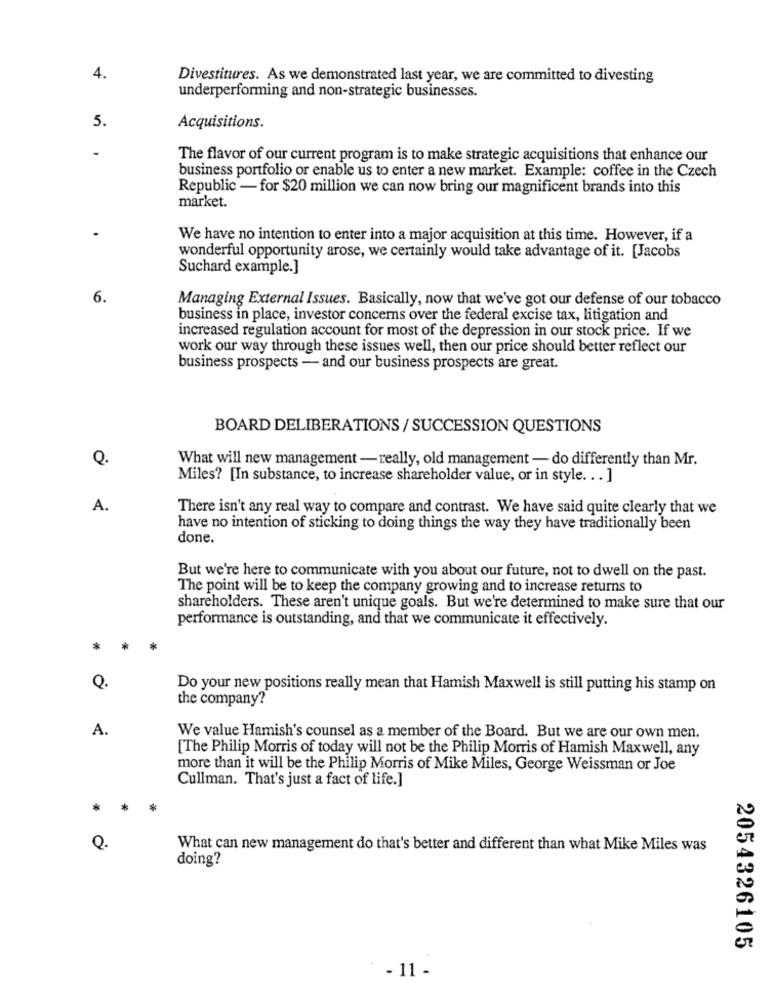
4.
Divestitures. As we demonstrated last year, we are committed to divesting
underperforming and non-strategic businesses.
5.
Acquisitions.
The flavor of our current program is to make strategic acquisitions that enhance our
business portfolio or enable us to enter a new market. Example: coffee in the Czech
Republic - for $20 million we can now bring our magnificent brands into this
market.
We have no intention to enter into a major acquisition at this time. However, if a
wonderful opportunity arose, we certainly would take advantage of it. [Jacobs
Suchard example.]
6.
Managing External Issues. Basically, now that we've got our defense of our tobacco
business in place, investor concerns over the federal excise tax, litigation and
increased regulation account for most of the depression in our stock price. If we
work our way through these issues well, then our price should better reflect our
business prospects - and our business prospects are great.
BOARD DELIBERATIONS / SUCCESSION QUESTIONS
Q
What will new management - really, old management - do differently than Mr.
Miles? [In substance, to increase shareholder value, or in style. . . ]
A.
There isn't any real way to compare and contrast. We have said quite clearly that we
have no intention of sticking to doing things the way they have traditionally been
done.
But we're here to communicate with you about our future, not to dwell on the past.
The point will be to keep the company growing and to increase returns to
shareholders. These aren't unique goals. But we're determined to make sure that our
performance is outstanding, and that we communicate it effectively.
*
*
Q.
Do your new positions really mean that Hamish Maxwell is still putting his stamp on
the company?
A.
We value Hamish's counsel as a member of the Board. But we are our own men.
[The Philip Morris of today will not be the Philip Morris of Hamish Maxwell, any
more than it will be the Philip Morris of Mike Miles, George Weissman or Joe
Cullman. That's just a fact of life.]
*
Q.
What can new management do that's better and different than what Mike Miles was
doing?
2054326105
- 11 -